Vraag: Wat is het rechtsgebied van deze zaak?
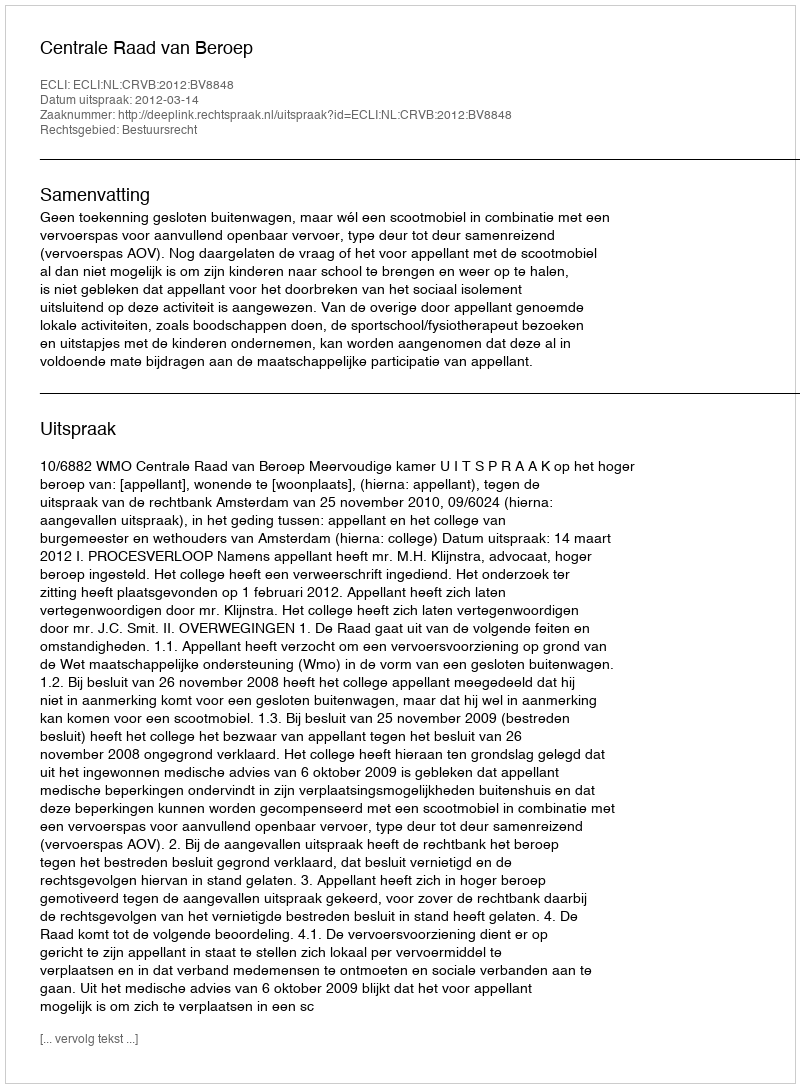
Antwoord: Bestuursrecht